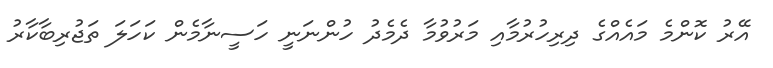
އޭރު ކޮންމެ މައެއްގެ ދިރިހުރުމާއި މަރުވުމާ ދެމެދު ހުންނަނީ ހަސީނާމެން ކަހަލަ ތަޖުރިބާކާރު